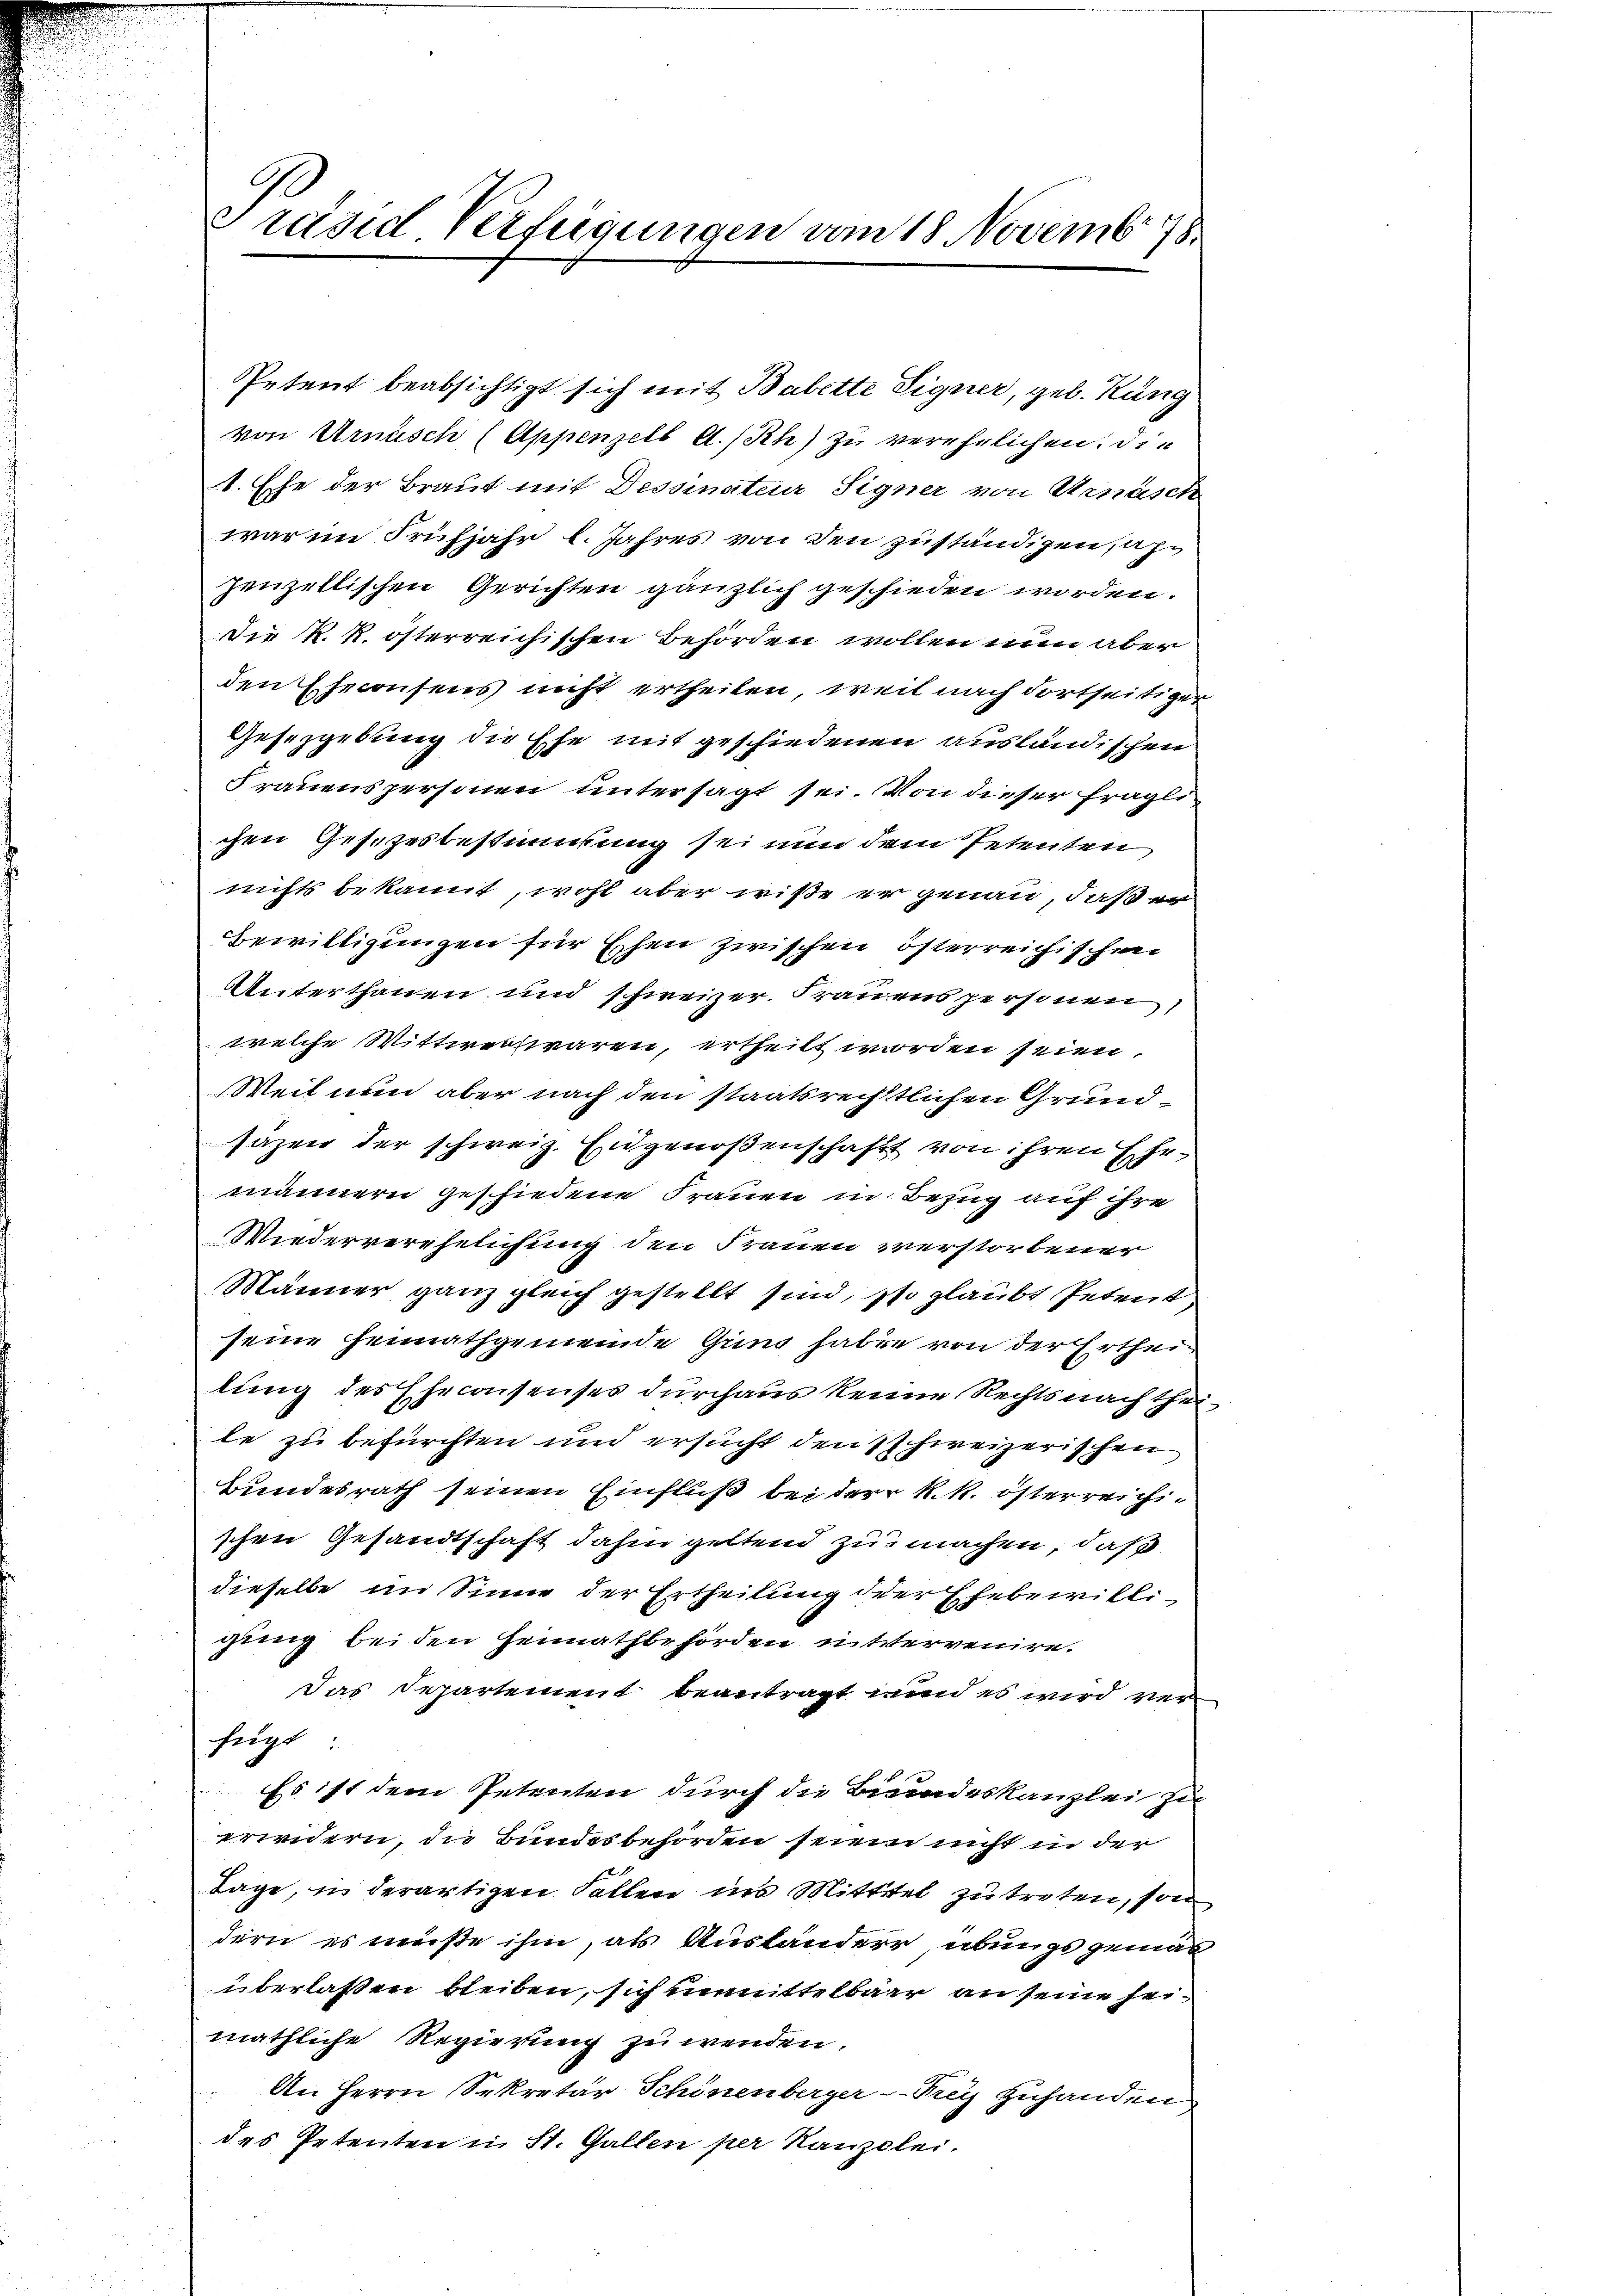
Präsid. Verfügungen vom 18. Novembr 78.

Petent beabsichtigt sich mit Babette Signer, geb. Kung
von Urusch (Appenzell A/Rh) zu verehelichen. Die
1. Ehe der Braut mit Dessinateur Signer von Arnäsch
war im Frühjahr l. Jahres von den zuständigen, alzenzellischen Gerichten gänzlich geschieden worden.
Die k. k. österreichischen Behörden wollen nun aber
den Eheconsens nicht ertheilen, weil nach dortseitiger
Gesetzgebung die Ehe mit geschiedenen ausländischen
Frauenspersonen untersagt sei. Von dieser fraglichen Gesetzesbestimmung sei nun dem Petenten,
nichts bekannt, wohl aber wiße er genau, daß er
Bewilligungen für Eschen zwischen österreichischen
Unterthanen und schweizer. Frauens personen
welche Wittwettwaren, ertheilt worden seien.
Weil nun aber nach den staatsrechtlichen Grundsazen der schweiz. Eingenoßenschaft von ihren Ehemännern geschiedene Frauen in Bezug auf ihre
Wiederverehelichung den Frauen verstorbener
Männer ganz gleich gestellt sind, so glaubt Petent
seine Hennathgemeinde Gung haben von der Ertheilung des Eheconsenses durchaus keine Rechtsnachtheile zu befürchten und ersucht den schweizerischen
Bundesrath seinen Einfluß bei der k. k. österreichischen Gesandtschaft dahin geltend zu machen, daß
dieselbe im Sinne der Ertheilung der Ehebewilligung beiden Heimathbehörden mittervenire.
Das Departement beantragt und es wird verfügt:
Es ist dem Petenten durch die Bundeskanzlei zu
erwidern, die Bundesbehörden seinen nicht in der
Tage, in derartigen Fällen ins Mittel zu treten, son
dern es müße ihm, als Ausländerer, übungsgemäß
überlassen bleiben, sich unmittelbare an seine seimäthliche Regierung zuwenden.
An Herrn Sekretär Schönenberger-Trey zuhanden
des Petenten in St. Gallen per Kanzlei.